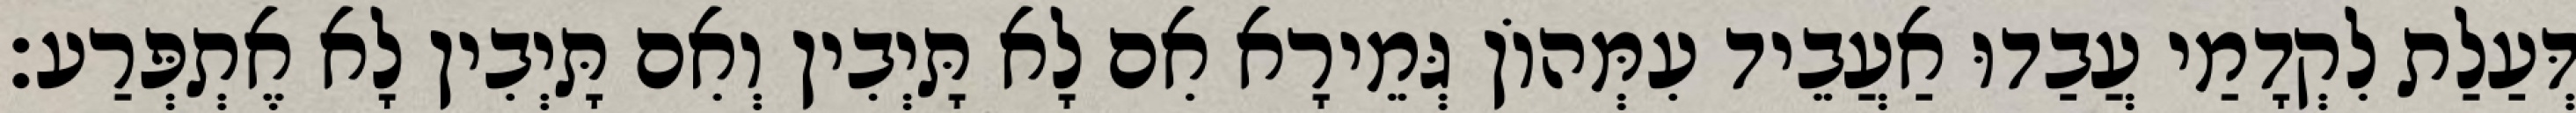
דְּעַלַת לִקְדָמַי עֲבַדוּ אַעֲבֵיד עִמְּהוֹן גְּמֵירָא אִם לָא תָּיְבִין וְאִם תָּיְבִין לָא אֶתְפְּרַע׃